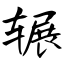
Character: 辗